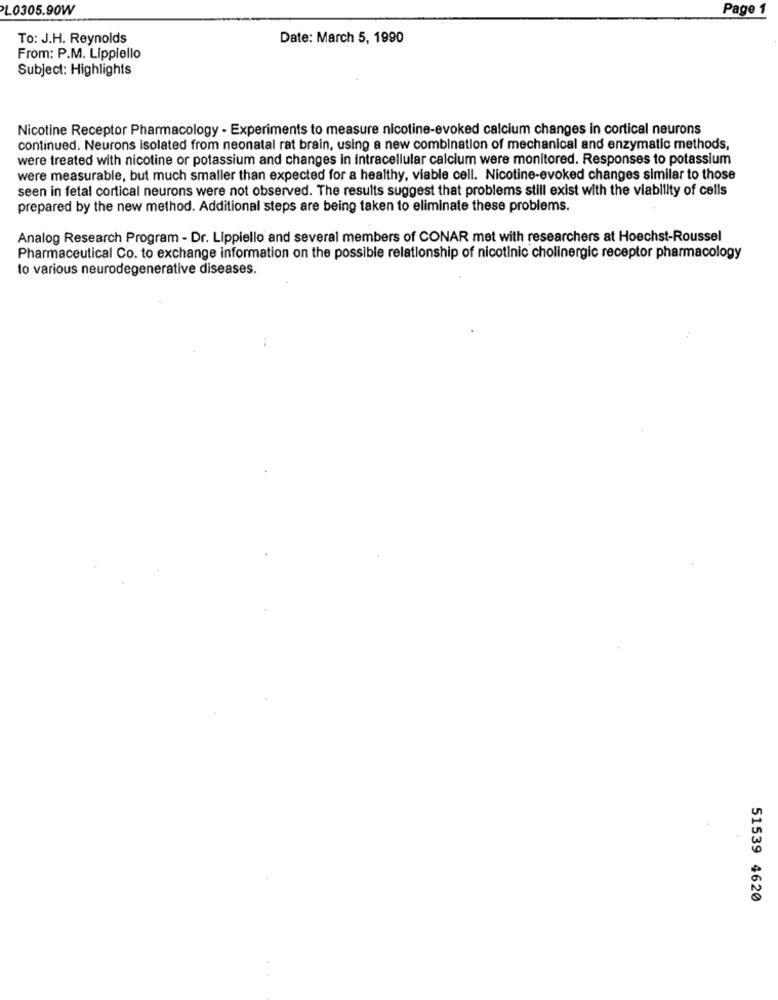
L0305.90W
Page 1
To: J.H. Reynolds
Date: March 5, 1990
From: P.M. Lippiello
Subject: Highlights
Nicotine Receptor Pharmacology - Experiments to measure nicotine-evoked calcium changes in cortical neurons
continued. Neurons isolated from neonatal rat brain, using a new combination of mechanical and enzymatic methods,
were treated with nicotine or potassium and changes in Intracellular calcium were monitored. Responses to potassium
were measurable, but much smaller than expected for a healthy, viable cell. Nicotine-evoked changes similar to those
seen in fetal cortical neurons were not observed. The results suggest that problems still exist with the viability of cells
prepared by the new method. Additional steps are being taken to eliminate these problems.
Analog Research Program - Dr. Lippiello and several members of CONAR met with researchers at Hoechst-Roussel
Pharmaceutical Co. to exchange information on the possible relationship of nicotinic cholinergic receptor pharmacology
to various neurodegenerative diseases.
51539 4620